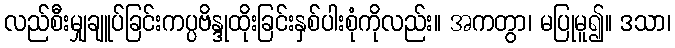
လည်စီးမျှချူပ်ခြင်းကပ္ပဗိန္ဒုထိုးခြင်းနှစ်ပါးစုံကိုလည်း။ အကတွာ၊ မပြုမူ၍။ ဒသာ၊